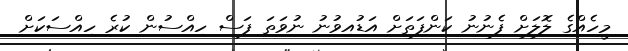
މީހެއްގެ ލޮލަށް ފެނުނު ކަންފަތަށް އަޑުއިވުނު ނުވަތަ ފަސް ހިއްސުން ކުރެ ހިއްސަކަށް